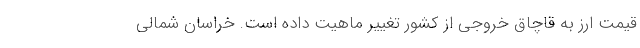
قیمت ارز به قاچاق خروجی از کشور تغییر ماهیت داده است. خراسان شمالی